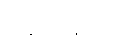
ဝါသေဋ္ဌော